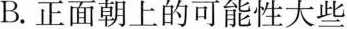
B.正面朝上的可能性大些